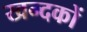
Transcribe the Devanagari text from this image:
खन्दकों